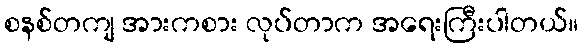
စနစ်တကျ အားကစား လုပ်တာက အရေးကြီးပါတယ်။